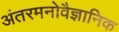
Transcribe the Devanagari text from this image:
अंतरमनोवैज्ञानिक